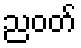
ညဝတ်